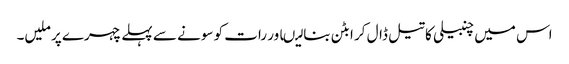
اس میں چنبیلی کا تیل ڈال کر ابٹن بنا لیںاور رات کو سونے سے پہلے چہرے پر ملیں۔